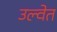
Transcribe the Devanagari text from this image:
उल्वेत